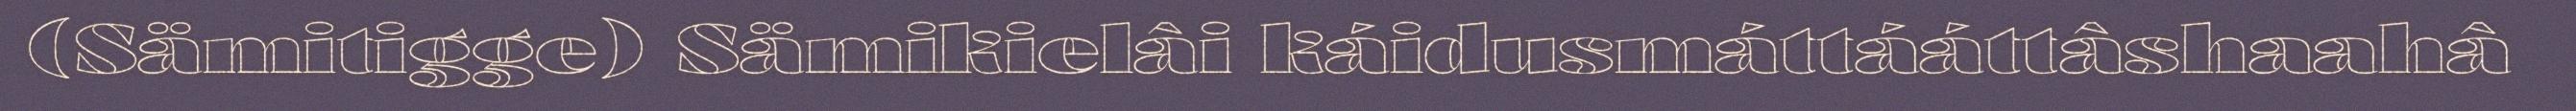
(Sämitigge) Sämikielâi káidusmáttááttâshaahâ